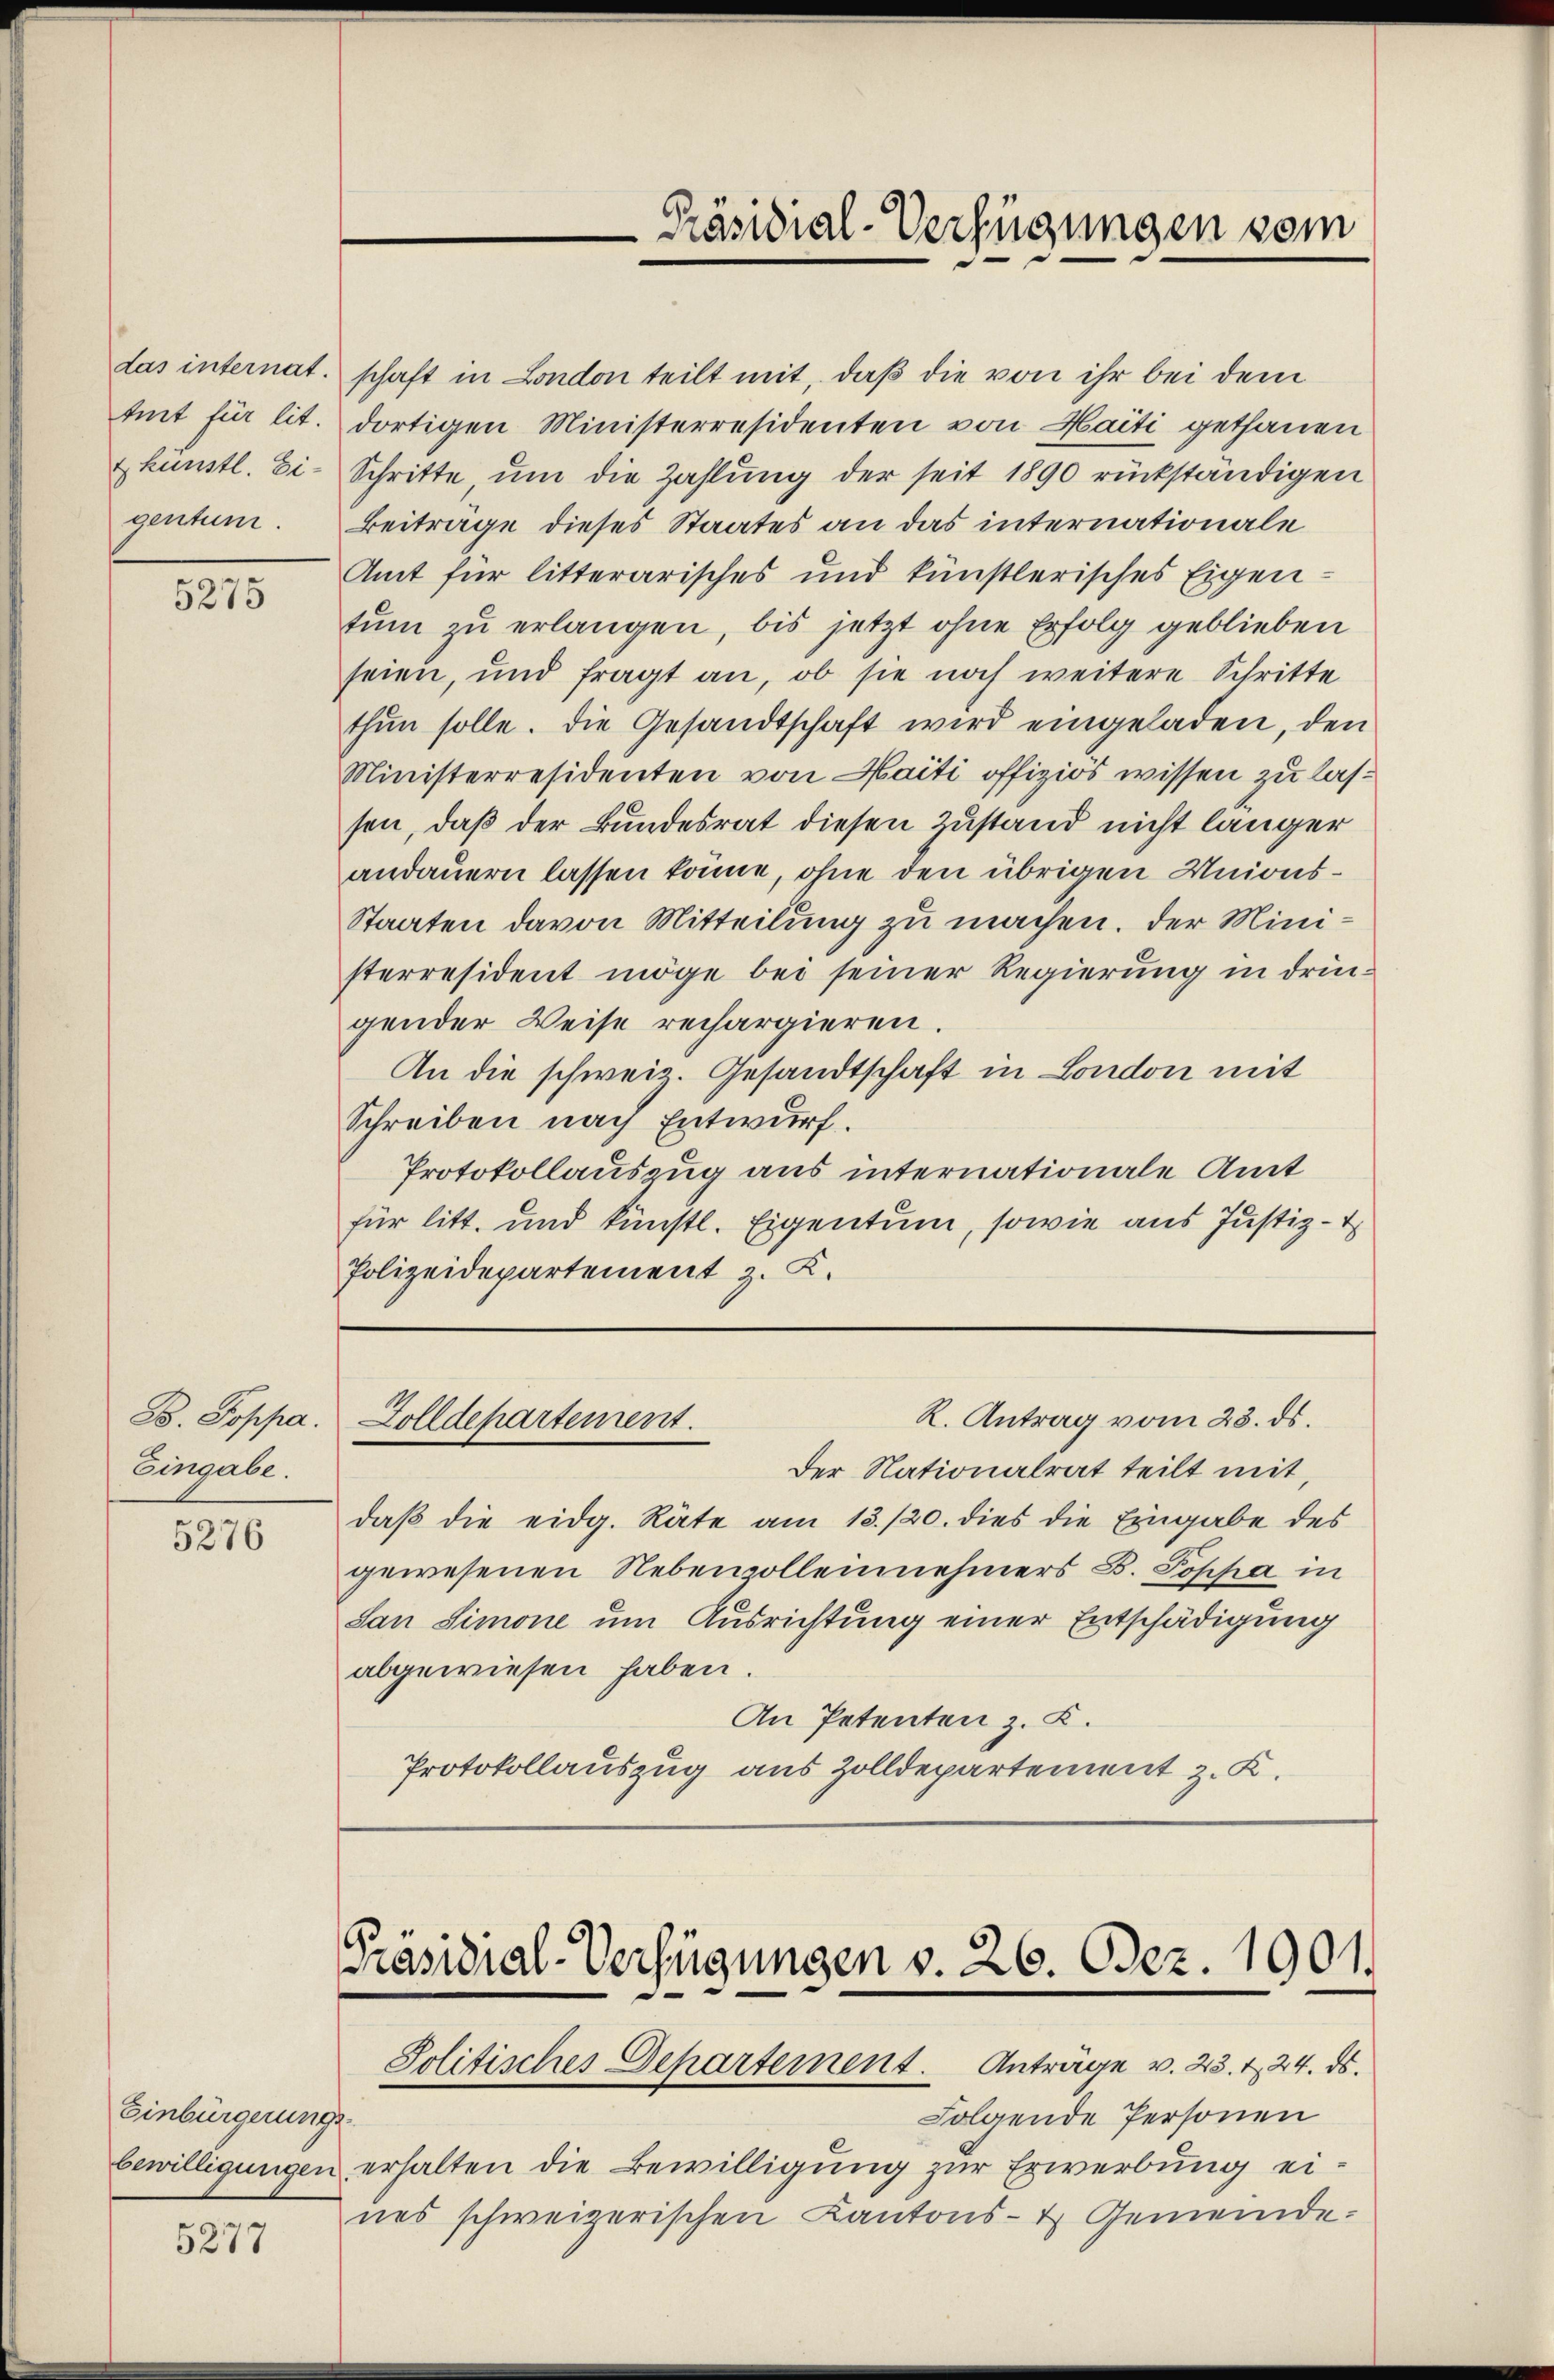
Präsidial-Verfügungen vom

das internat.
tnit für lit.
& künstl. Eigentum.

schaft in London teilt mit, daß die von ihr bei dem
dortigen Ministerresidenten von Haiti gethanen
Schritte ŭm die Zahlung der seit 1890 rückständigen
Beiträge dieses Staates an das internationale
Amt für litterarisches und künstlerisches Eigentum zu erlangen, bis jetzt ohne Erfolg geblieben
seien, und fragt an, ob sie noch weitere Schritte
thun solle. Die Gesandtschaft wird eingeladen, den
Ministerresidenten von Haiti offiziös wissen zu lassen, daß der Bundesrat diesen Zustand nicht länger
andauern lassen könne, ohne den übrigen Unions¬
Staaten davon Mitteilung zu machen. Der Ministerresident möge bei seiner Regierung in dringender Weise rechargieren.
An die schweiz. Gesandtschaft in London mit
Schreiben nach Entwurf.
Protokollauszug aus internationale Amt
für litt. und künstl. Eigentum, sowie aus Justiz-D
Polizeidepartement z. K.

5275

K. Antrag vom 23. ds.
Zolldepartement.

B. Poppa.
Eingabe.

Der Nationalrat teilt mit,
daβ die eidg. Räte am 13./20. dies die Eingabe des
gewesenen Nebenvolleinehmers B. Sopha in
San Simone um Ausrichtung einer Entschädigung
abgewiesen haben.
An Petenten z. B.
Protokollauszug aus Zolldepartement z. K.

5276

Präsidial-Verfügungen v. 26. Dez. 1901.
Politisches Departement. Anträge v. 23. t 24. ds.

Folgende Personen
bewilligungen erhalten die Bewilligung zur Erwerbung eines schweizerischen Kantons- & Gemeinde-

Einbürgerungs-

5277